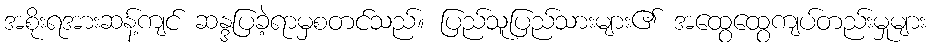
အစိုးရအားဆန့်ကျင် ဆန္ဒပြခဲ့ရာမှစတင်သည်။ ပြည်သူပြည်သားများ၏ အထွေထွေကျပ်တည်းမှုများ